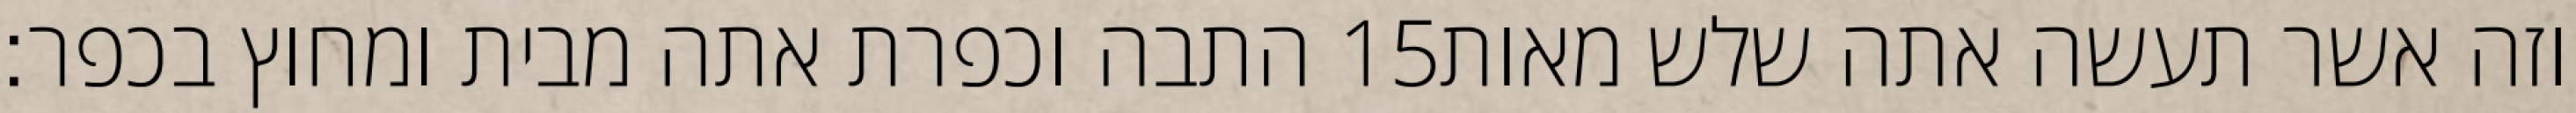
התבה וכפרת אתה מבית ומחוץ בכפר׃ ‎15‏ וזה אשר תעשה אתה שלש מאות